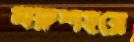
মরুশহরে